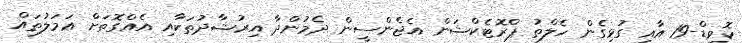
ކޮވިޑް-19 އާއި ގުޅިގެން ހެލްތު ޕްރޮޓެކްޝަން އެޖެންސީން ދެމުންދާ އިރުޝާދުތަކާއި އެއްގޮތަށް ޢަމަލުތައް